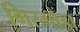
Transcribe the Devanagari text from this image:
गिस्मोंडा